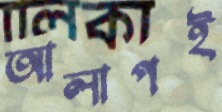
আলাপই